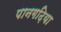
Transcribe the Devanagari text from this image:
पानगढ़िया